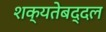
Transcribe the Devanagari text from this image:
शक्यतेबद्दल